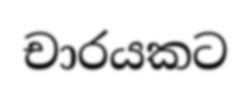
චාරයකට